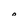
Character: 0